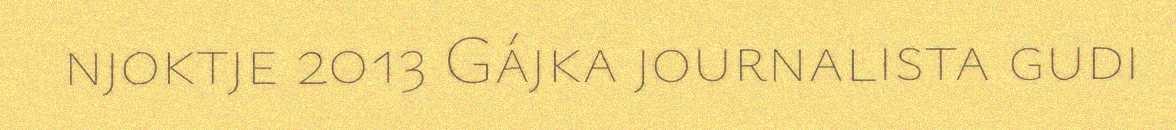
njoktje 2013 Gájka journalista gudi